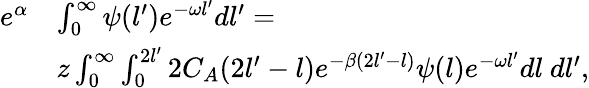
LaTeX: \begin{array}{rl}{e^{\alpha}}&{\int_{0}^{\infty}\psi(l^{\prime})e^{-\omega l^{\prime}}dl^{\prime}=}\\ &{z\int_{0}^{\infty}\int_{0}^{2l^{\prime}}2C_{A}(2l^{\prime}-l)e^{-\beta(2l^{\prime}-l)}\psi(l)e^{-\omega l^{\prime}}dl\ dl^{\prime},}\end{array}